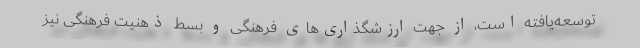
توسعه‌یافته است، از جهت ارزشگذاری‌های فرهنگی و بسط ذهنیت فرهنگی نیز